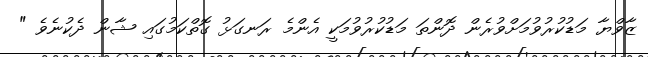
ޒާވްޔާ މަޑުކުރުވުމަށްވުރެން ދޮންތަ މަޑުކުރުވުމަކީ އެންމެ ރަނގަޅު ގޮތްކަމުގައި ޝާން ދެކުނެވެ "